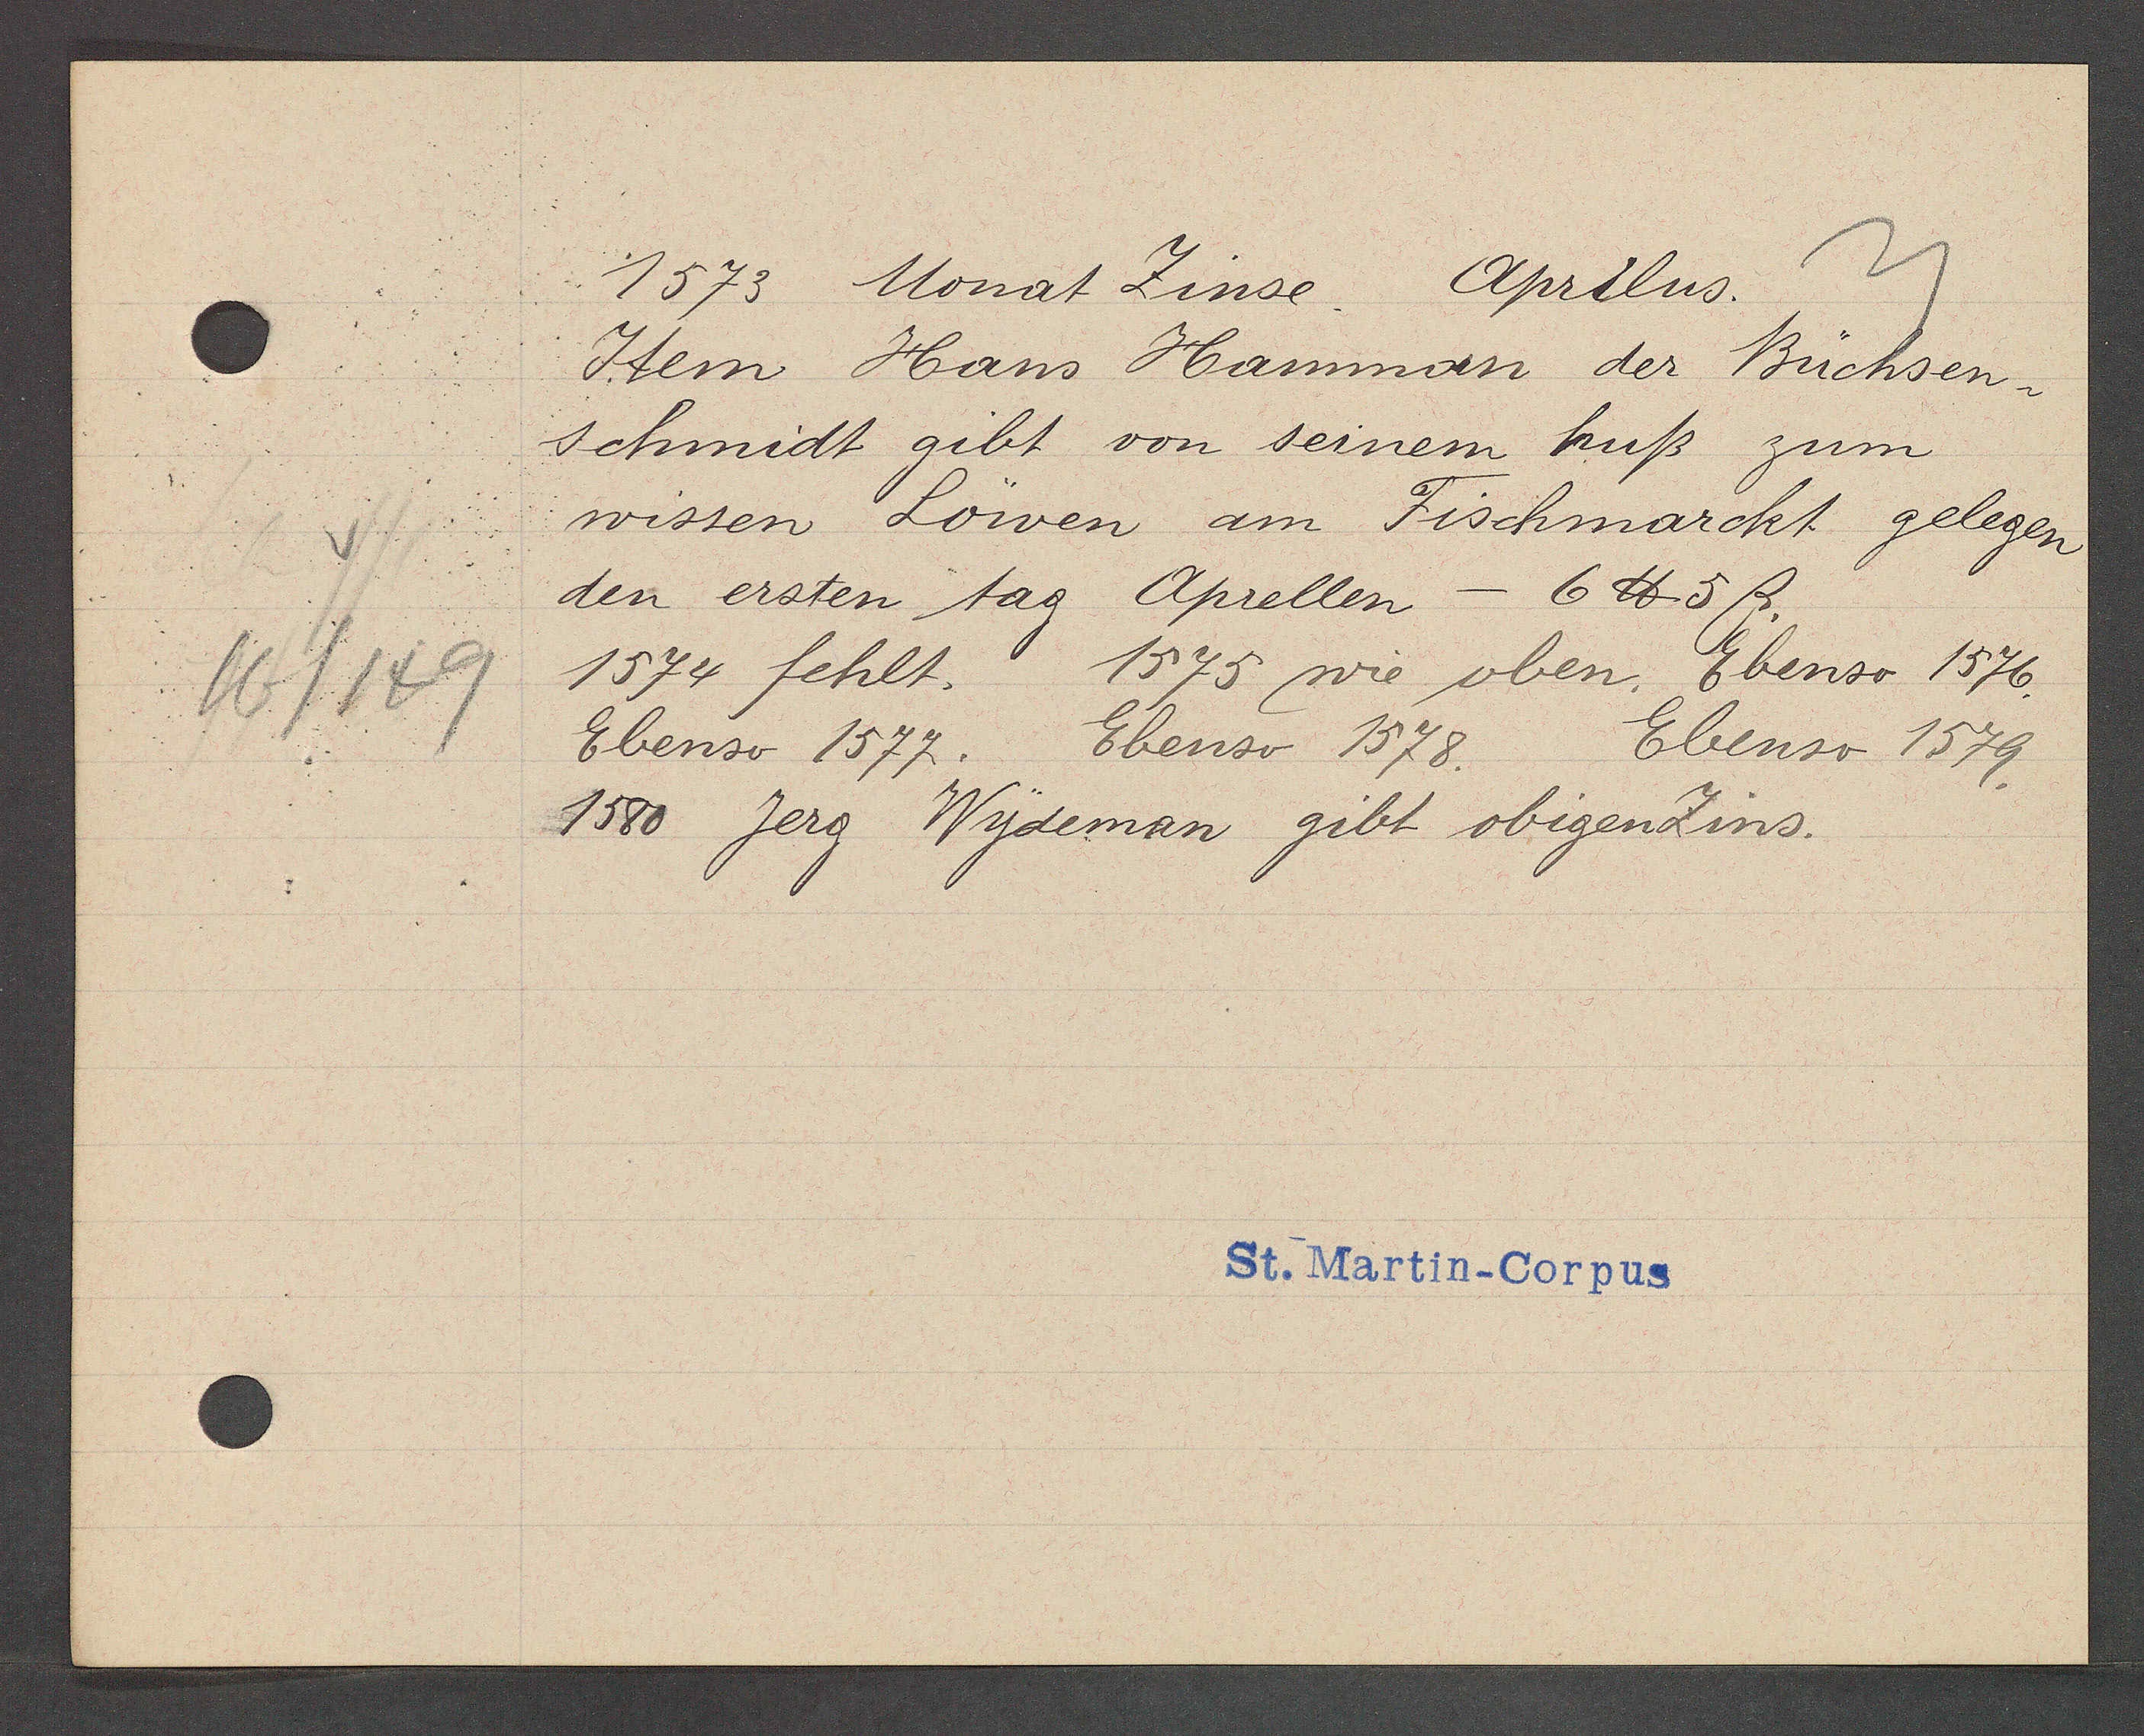
Transcript:
16/149

1573 Monat Zinse.
Aprilus.

Item Hans Hamman der Büchsen¬
schmidt gibt von seinem huß zum
wissen Löwen am Fischmarckt gelegen
den ersten tag Aprellen - 6 ℔ 5ß.
1575 wie oben. Ebenso 1576.
1574 fehlt.
Ebenso 1578.
Ebenso 1577.
Ebenso 1579.
1580 Jerg Wydeman gibt obigen Zins.

St. Martin-Corpus